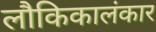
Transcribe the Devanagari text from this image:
लौकिकालंकार